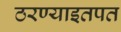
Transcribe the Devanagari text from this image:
ठरण्याइतपत